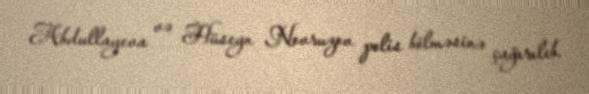
Abdullayeva və Hüseyn Novruzov polis bölməsinə çağırılıb.